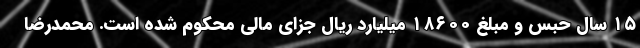
۱۵ سال حبس و مبلغ ۱۸۶۰۰ میلیارد ریال جزای مالی محکوم شده است. محمدرضا